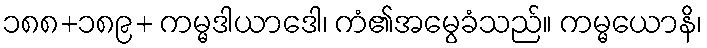
၁၈၈+၁၈၉+ ကမ္မဒါယာဒေါ၊ ကံ၏အမွေခံသည်။ ကမ္မယောနိ၊